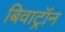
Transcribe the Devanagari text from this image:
बिवाट्रॉन